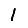
Digit: 1